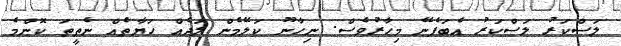
ލަސްކަރު ލަސްކަރު އެބަފެނޭ މިހާރުވެސް. ނިހާނޫ ކަލޭމެން ލަދެއް ހަޔާތެއް ނެތީތަ ކޮންމެ